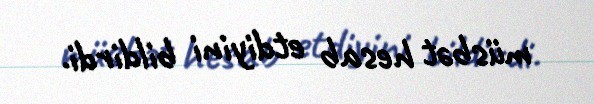
müsbət hesab etdiyini bildirdi.